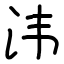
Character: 𣲗